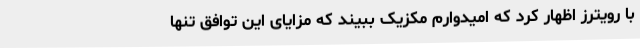
با رویترز اظهار کرد که امیدوارم مکزیک ببیند که مزایای این توافق تنها